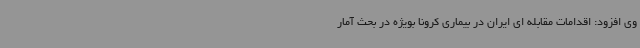
وی افزود: اقدامات مقابله ای ایران در بیماری کرونا بویژه در بحث آمار